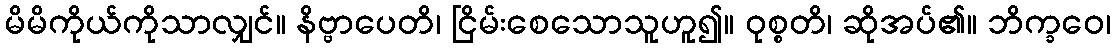
မိမိကိုယ်ကိုသာလျှင်။ နိဗ္ဗာပေတိ၊ ငြိမ်းစေသောသူဟူ၍။ ဝုစ္စတိ၊ ဆိုအပ်၏။ ဘိက္ခဝေ၊